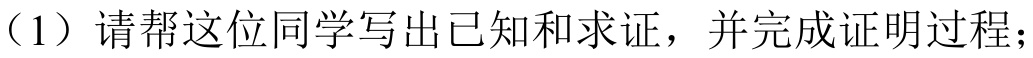
（1）请帮这位同学写出已知和求证，并完成证明过程；